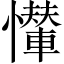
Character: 𢤠